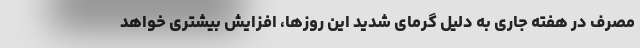
مصرف در هفته جاری به دلیل گرمای شدید این روزها، افزایش بیشتری خواهد